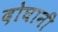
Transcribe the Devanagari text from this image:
दोघानी